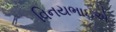
વિનયભાઇએ